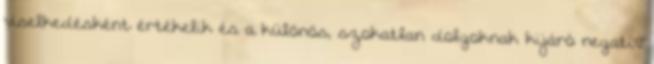
viselkedésként értékelik és a különös, szokatlan dolgoknak kijáró negatív